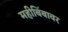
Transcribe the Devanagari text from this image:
महीबिंबावर